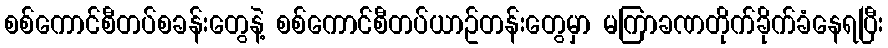
စစ်ကောင်စီတပ်စခန်းတွေနဲ့ စစ်ကောင်စီတပ်ယာဥ်တန်းတွေမှာ မကြာခဏတိုက်ခိုက်ခံနေရပြီး